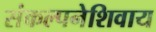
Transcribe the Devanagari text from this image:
संकल्पनेशिवाय